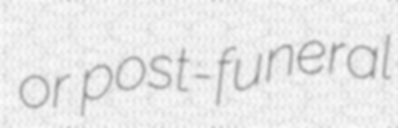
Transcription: or post-funeral